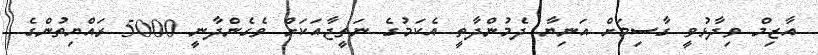
އާޒިމް ވިދާޅުވީ ގާސިމަށް އަނިޔާ ދެމުންދާތީ އެކަމުގެ ނަތީޖާއަކަށް ވެގެންދާނީ 5000 ރައްޔިތުންގެ